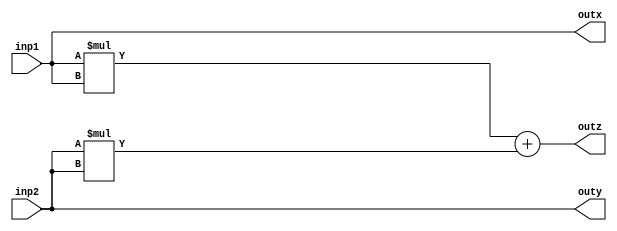
module calculus1(
    input [31:0] inp1,
    input [31:0] inp2,
    output reg [31:0] outz ,
    output reg [31:0] outx,
    output reg [31:0] outy

    );
    always@(*) begin
        outz= ( inp1 * inp1 ) + ( inp2 * inp2);
        outx = inp1;
        outy = inp2;
    end
endmodule